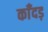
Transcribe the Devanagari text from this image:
काँदड़